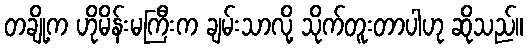
တချို့က ဟိုမိန်းမကြီးက ချမ်းသာလို့ သိုက်တူးတာပါဟု ဆိုသည်။